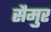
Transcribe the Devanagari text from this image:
सैमुर